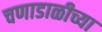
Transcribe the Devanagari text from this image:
चणाडाळीच्या